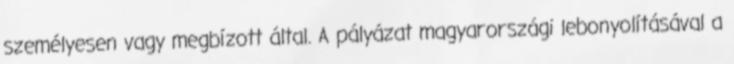
személyesen vagy megbízott által. A pályázat magyarországi lebonyolításával a